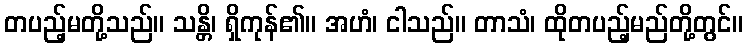
တပည့်မတို့သည်။ သန္တိ၊ ရှိကုန်၏။ အဟံ၊ ငါသည်။ တာသံ၊ ထိုတပည့်မည်တို့တွင်။